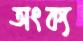
অংক্য